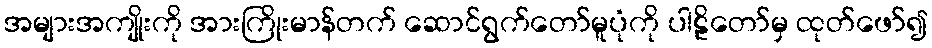
အများအကျိုးကို အားကြိုးမာန်တက် ဆောင်ရွက်တော်မူပုံကို ပါဠိတော်မှ ထုတ်ဖော်၍